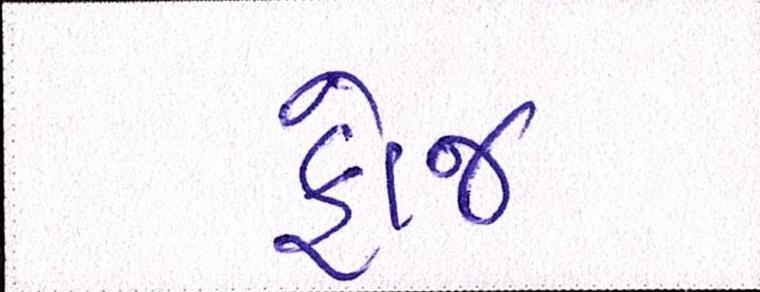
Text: ફોજ